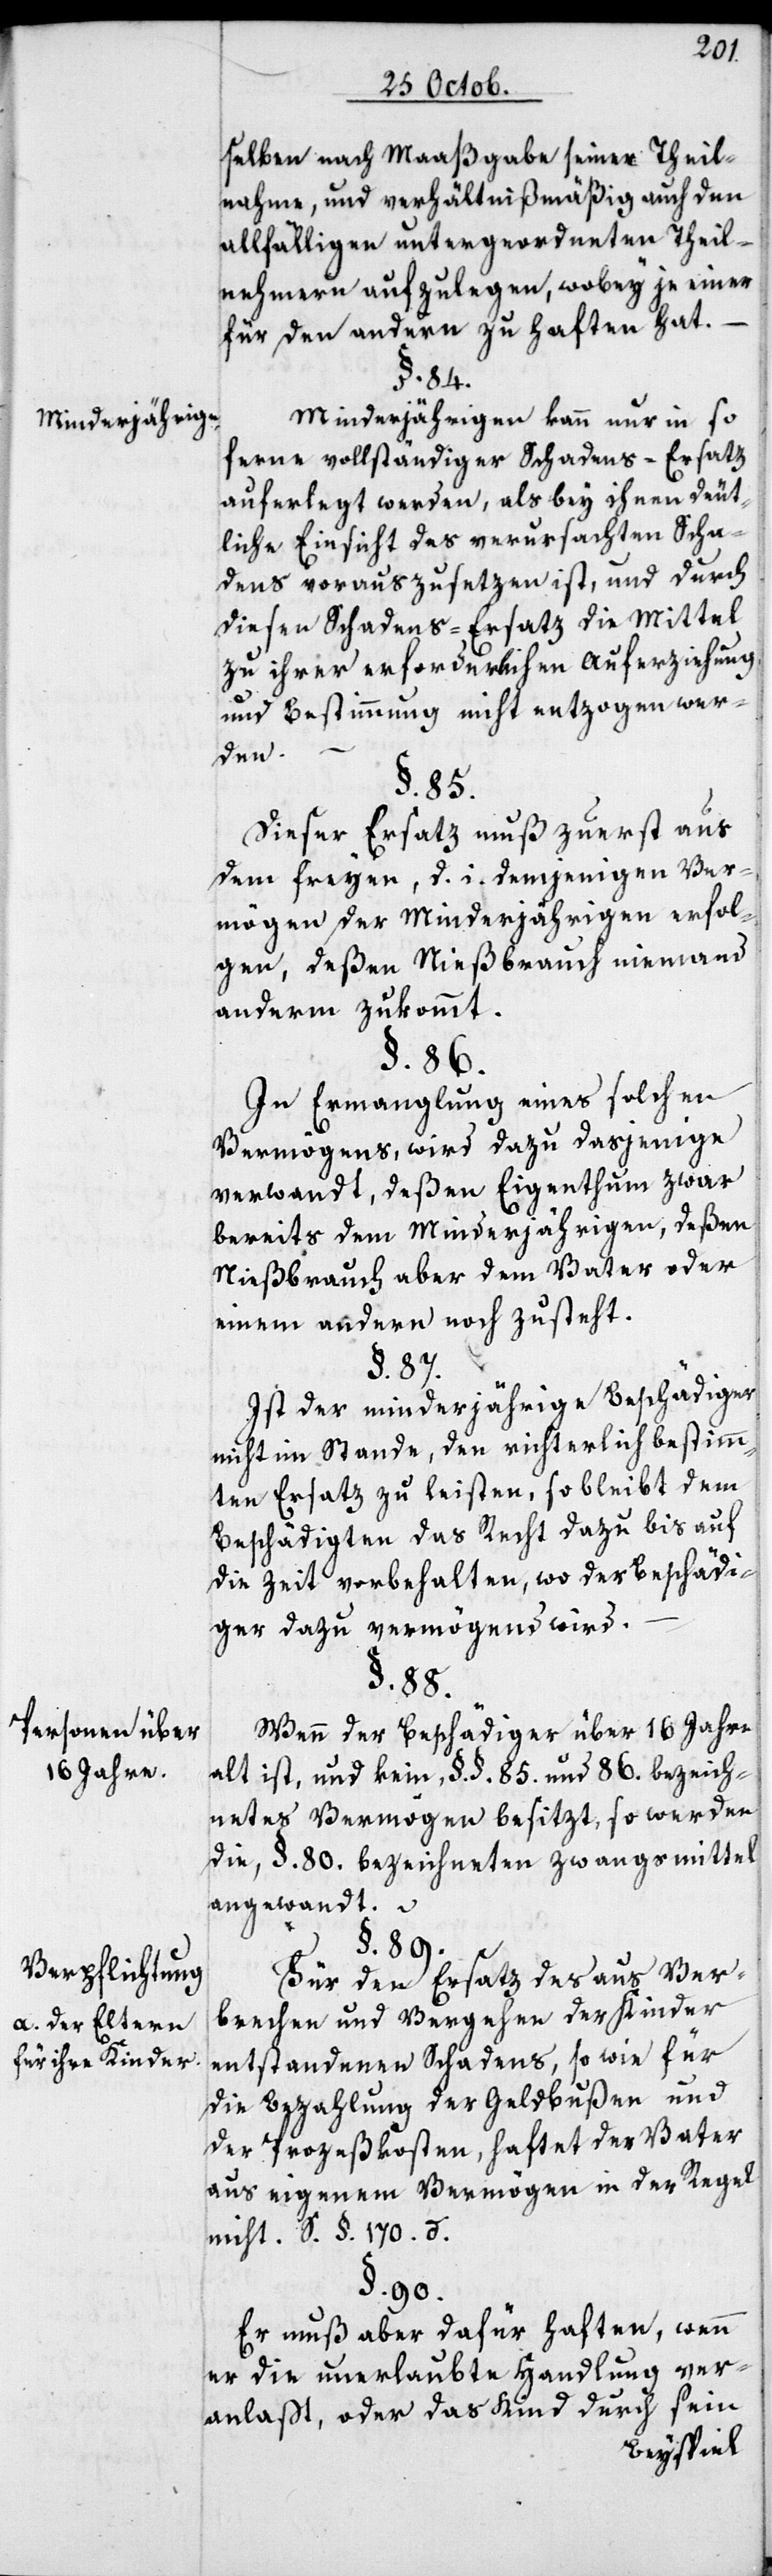
Minderjährigen,
Personen über
16 Jahren.
Verpflichtung
a. der Eltern
für ihre Kinder.

selben nach Maaßgabe seiner Theil¬
nahme, und Verhältnißmäßig auch den
allfähligen untergeordneten Theil¬
nehmern aufzulegen, wobey je einer
für den andern zu haften hat.
§. 84.
Minderjährigen kann nur in so
ferne vollständiger Schadens-Ersatz
auferlegt werden, als bey ihnen deut¬
liche Einsicht des verursachten Scha¬
dens vorauszusetzen ist, und durch
diesen Schadens-Ersatz die Mittel
zu ihrer erforderlichen Auferziehung
und Bestimmung nicht entzogen wer¬
dem
§. 85.
Dieser Ersatz muß zuerst aus
dem freyen, d. i. demjenigen Ver¬
mögen der Minderjährigen erfol¬
gen, deßen Nießbrauch niemand
anderm zukommt.
§. 86.
In Ermanglung eines solchen
Vermögens, wird dazu dasjenige
verwandt, deßen Eigenthum zwar
Nießbrauch aber dem Vater oder
einem andern noch zusteht.
§. 87.
Ist der minderjährige Beschädiger
nicht im Stande, den richterlich bestimm¬
ten Ersatz zu leisten, so bleibt dem
Beschädigten das Recht dazu bis auf
die Zeit vorbehalten, wo der Beschädi¬
ger dazu vermögens wird.
§. 88.
Wenn der Beschädiger über 16. Jahre
alt ist, und kein §. §. 85. und 86. bezeich¬
netes Vermögen besitzt, so werden
die, §. 80. bezeichneten Zwangsmittel
angewandt.
§. 89.
Für den Ersatz des aus Ver¬
brechen und Vergehen der Kinder
entstandenen Schadens, so wie für
die Bezahlung der Geldbußen und
der Prozeßkosten, haftet der Vater
aus eigenem Vermögen in der Regel
nicht. S. §. 170. d.
§. 90.
Er muß aber dafür haften, wenn
er die unerlaubte Handlung ver¬
anlaßt, oder das Kind durch sein